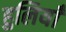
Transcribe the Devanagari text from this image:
हुलियाँ